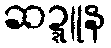
ဆဍ္ဍူန